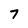
Character: 7